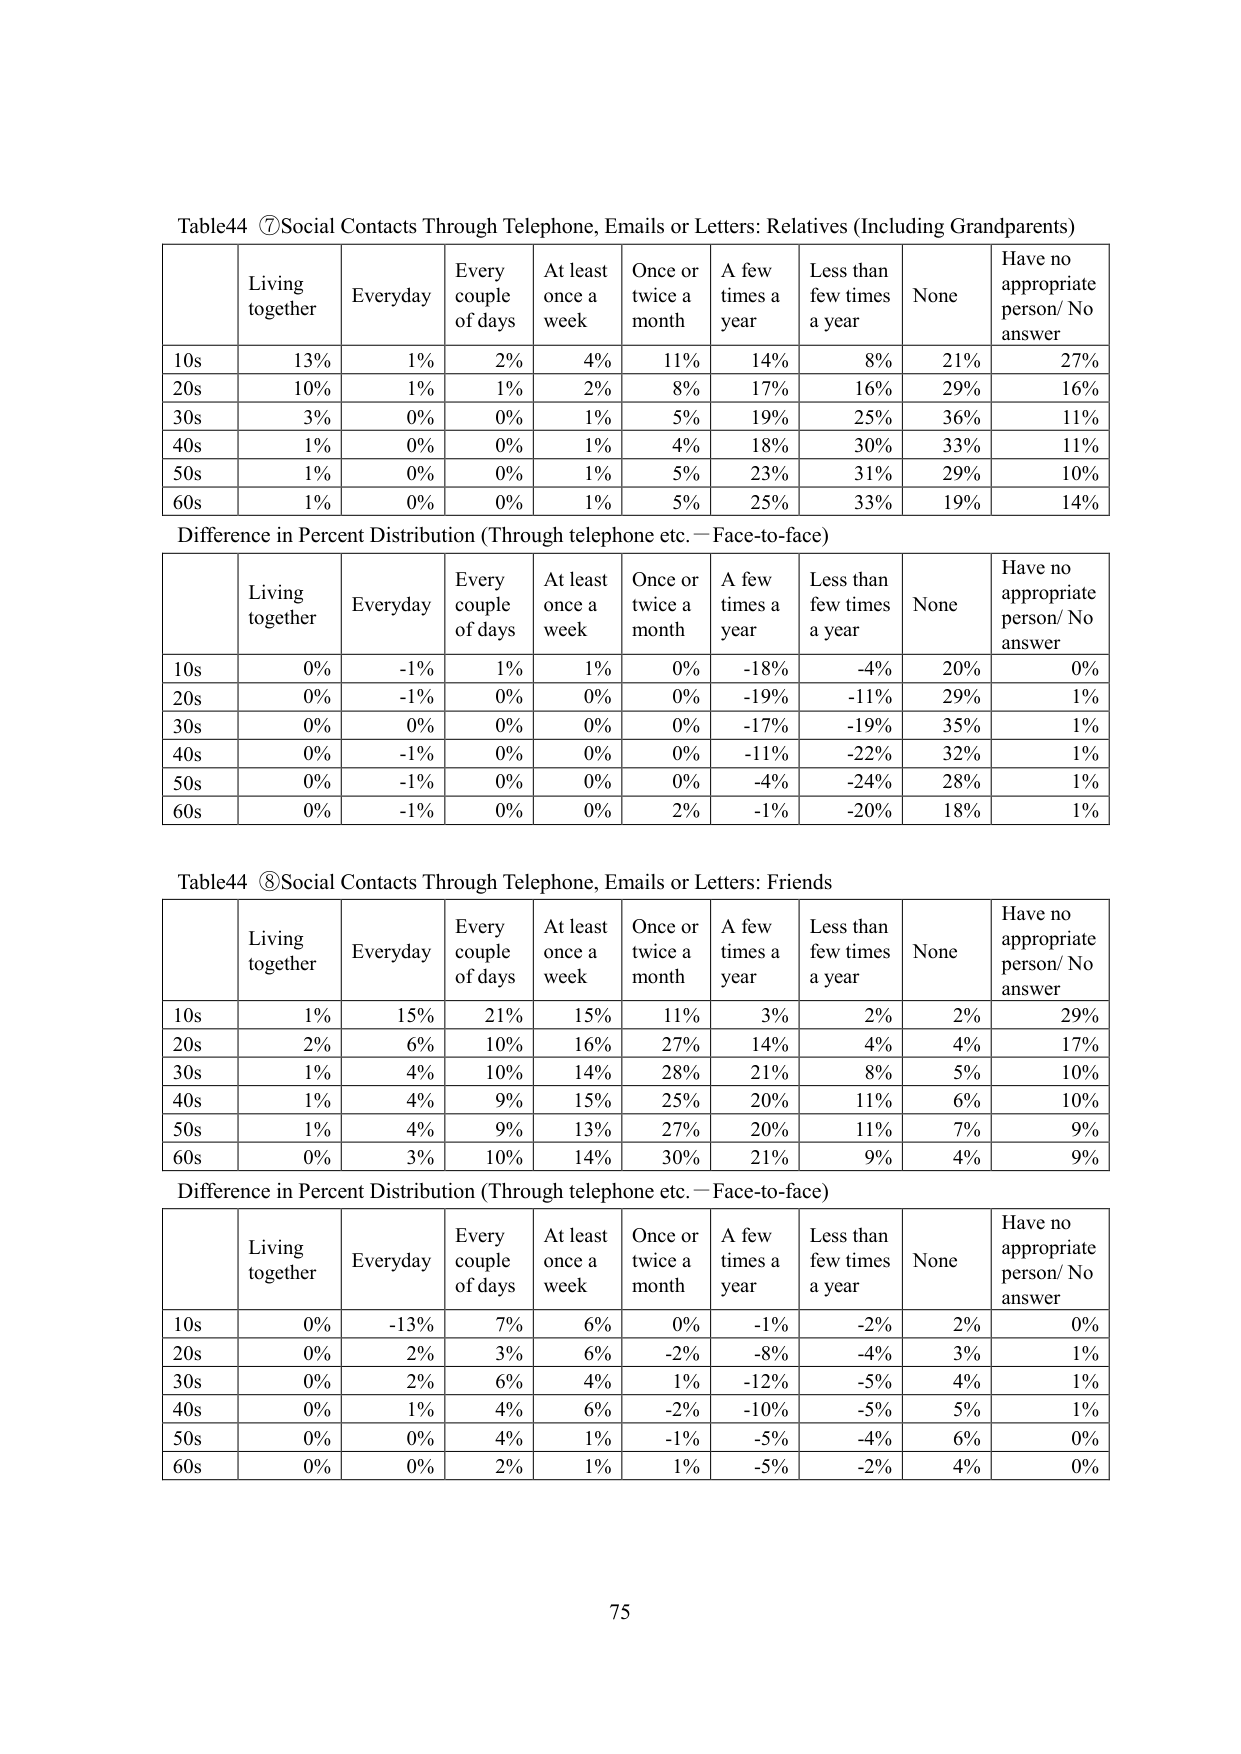
Table44 ⑦Social Contacts Through Telephone, Emails or Letters: Relatives (Including Grandparents)

| | Living together | Everyday | Every couple of days | At least once a week | Once or twice a month | A few times a year | Less than few times a year | None | Have no appropriate person/ No answer |
|---|---|---|---|---|---|---|---|---|---|
| 10s | 13% | 1% | 2% | 4% | 11% | 14% | 8% | 21% | 27% |
| 20s | 10% | 1% | 1% | 2% | 8% | 17% | 16% | 29% | 16% |
| 30s | 3% | 0% | 0% | 1% | 5% | 19% | 25% | 36% | 11% |
| 40s | 1% | 0% | 0% | 1% | 4% | 18% | 30% | 33% | 11% |
| 50s | 1% | 0% | 0% | 1% | 5% | 23% | 31% | 29% | 10% |
| 60s | 1% | 0% | 0% | 1% | 5% | 25% | 33% | 19% | 14% |

Difference in Percent Distribution (Through telephone etc. — Face-to-face)

| | Living together | Everyday | Every couple of days | At least once a week | Once or twice a month | A few times a year | Less than few times a year | None | Have no appropriate person/ No answer |
|---|---|---|---|---|---|---|---|---|---|
| 10s | 0% | -1% | 1% | 1% | 0% | -18% | -4% | 20% | 0% |
| 20s | 0% | -1% | 0% | 0% | 0% | -19% | -11% | 29% | 1% |
| 30s | 0% | 0% | 0% | 0% | 0% | -17% | -19% | 35% | 1% |
| 40s | 0% | -1% | 0% | 0% | 0% | -11% | -22% | 32% | 1% |
| 50s | 0% | -1% | 0% | 0% | 0% | -4% | -24% | 28% | 1% |
| 60s | 0% | -1% | 0% | 0% | 2% | -1% | -20% | 18% | 1% |

Table44 ⑧Social Contacts Through Telephone, Emails or Letters: Friends

| | Living together | Everyday | Every couple of days | At least once a week | Once or twice a month | A few times a year | Less than few times a year | None | Have no appropriate person/ No answer |
|---|---|---|---|---|---|---|---|---|---|
| 10s | 1% | 15% | 21% | 15% | 11% | 3% | 2% | 2% | 29% |
| 20s | 2% | 6% | 10% | 16% | 27% | 14% | 4% | 4% | 17% |
| 30s | 1% | 4% | 10% | 14% | 28% | 21% | 8% | 5% | 10% |
| 40s | 1% | 4% | 9% | 15% | 25% | 20% | 11% | 6% | 10% |
| 50s | 1% | 4% | 9% | 13% | 27% | 20% | 11% | 7% | 9% |
| 60s | 0% | 3% | 10% | 14% | 30% | 21% | 9% | 4% | 9% |

Difference in Percent Distribution (Through telephone etc. — Face-to-face)

| | Living together | Everyday | Every couple of days | At least once a week | Once or twice a month | A few times a year | Less than few times a year | None | Have no appropriate person/ No answer |
|---|---|---|---|---|---|---|---|---|---|
| 10s | 0% | -13% | 7% | 6% | 0% | -1% | -2% | 2% | 0% |
| 20s | 0% | 2% | 3% | 6% | -2% | -8% | -4% | 3% | 1% |
| 30s | 0% | 2% | 6% | 4% | 1% | -12% | -5% | 4% | 1% |
| 40s | 0% | 1% | 4% | 6% | -2% | -10% | -5% | 5% | 1% |
| 50s | 0% | 0% | 4% | 1% | -1% | -5% | -4% | 6% | 0% |
| 60s | 0% | 0% | 2% | 1% | 1% | -5% | -2% | 4% | 0% |

75